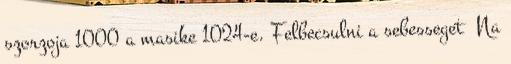
szorzoja 1000 a masike 1024-e. Felbecsulni a sebesseget Na